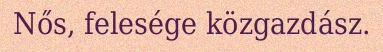
Nős, felesége közgazdász.